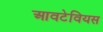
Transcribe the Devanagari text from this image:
आवटेवियस